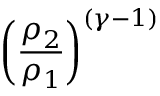
\left( { \frac { \rho _ { 2 } } { \rho _ { 1 } } } \right) ^ { ( \gamma - 1 ) }